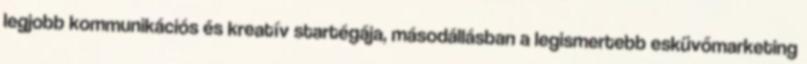
legjobb kommunikációs és kreatív startégája, másodállásban a legismertebb esküvőmarketing